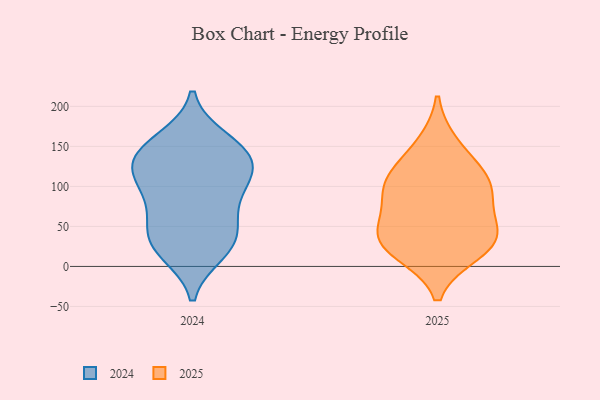
{"axis": {"x": "Active Users", "y": "Value"}, "legend": ["2024", "2025"], "data": [{"x": "", "y": 35, "type": "2024"}, {"x": "", "y": 158, "type": "2024"}, {"x": "", "y": 18, "type": "2024"}, {"x": "", "y": 126, "type": "2024"}, {"x": "", "y": 65, "type": "2024"}, {"x": "", "y": 96, "type": "2024"}, {"x": "", "y": 139, "type": "2024"}, {"x": "", "y": 29, "type": "2024"}, {"x": "", "y": 143, "type": "2024"}, {"x": "", "y": 26, "type": "2024"}, {"x": "", "y": 149, "type": "2024"}, {"x": "", "y": 98, "type": "2024"}, {"x": "", "y": 114, "type": "2024"}, {"x": "", "y": 60, "type": "2024"}, {"x": "", "y": 120, "type": "2024"}, {"x": "", "y": 26, "type": "2025"}, {"x": "", "y": 54, "type": "2025"}, {"x": "", "y": 18, "type": "2025"}, {"x": "", "y": 91, "type": "2025"}, {"x": "", "y": 109, "type": "2025"}, {"x": "", "y": 152, "type": "2025"}, {"x": "", "y": 36, "type": "2025"}, {"x": "", "y": 37, "type": "2025"}, {"x": "", "y": 93, "type": "2025"}, {"x": "", "y": 115, "type": "2025"}]}